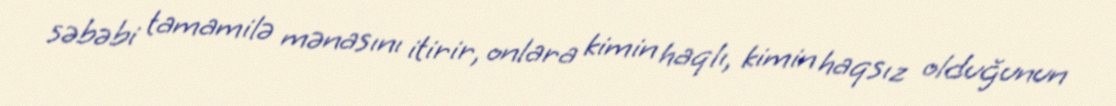
səbəbi tamamilə mənasını itirir, onlara kimin haqlı, kimin haqsız olduğunun